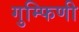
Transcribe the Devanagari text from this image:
गुम्फिणी